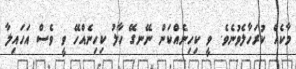
މާކެއް ކުރަހާލެވުނެވެ. ވީ ކިހިނެއްކަން ނޭނގޭ ހާލު ކިހިނެއްހޭ ވީ ވެސް އަހައިލާ